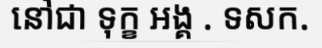
នៅជា ទុក្ខ អង្គ . ទសក.